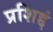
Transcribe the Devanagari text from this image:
प्रशिद्दं